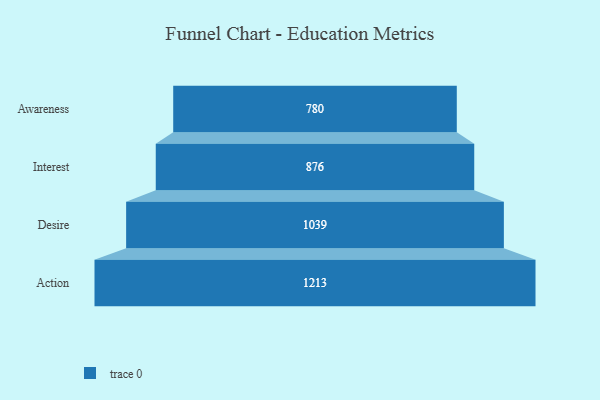
{"axis": {"x": "Stage", "y": "Value"}, "legend": [""], "data": [{"x": "Awareness", "y": 780.0, "type": ""}, {"x": "Interest", "y": 876.0, "type": ""}, {"x": "Desire", "y": 1039.0, "type": ""}, {"x": "Action", "y": 1213.0, "type": ""}]}